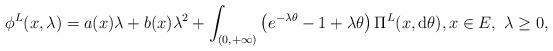
LaTeX: \begin{align*}\phi^{L}(x,\lambda)=a(x)\lambda+b(x)\lambda^{2}+\int_{(0,+\infty)}\left(e^{-\lambda \theta}-1+\lambda \theta\right)\Pi^{L}(x,{\rm d}\theta),x\in E,\ \lambda\ge 0,\end{align*}